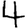
Digit: 4